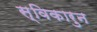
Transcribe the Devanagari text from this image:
स्विकारुन